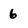
Character: 6